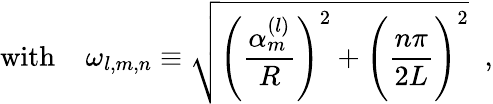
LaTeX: \mathrm{with~}\; \; \; \omega_{l,m,n}\equiv\sqrt{\Biggl(\frac{\alpha_{m}^{(l)}}R\Biggr)^{2}+\Biggl(\frac{n\pi}{2L}\Biggr)^{2}}\; \; ,